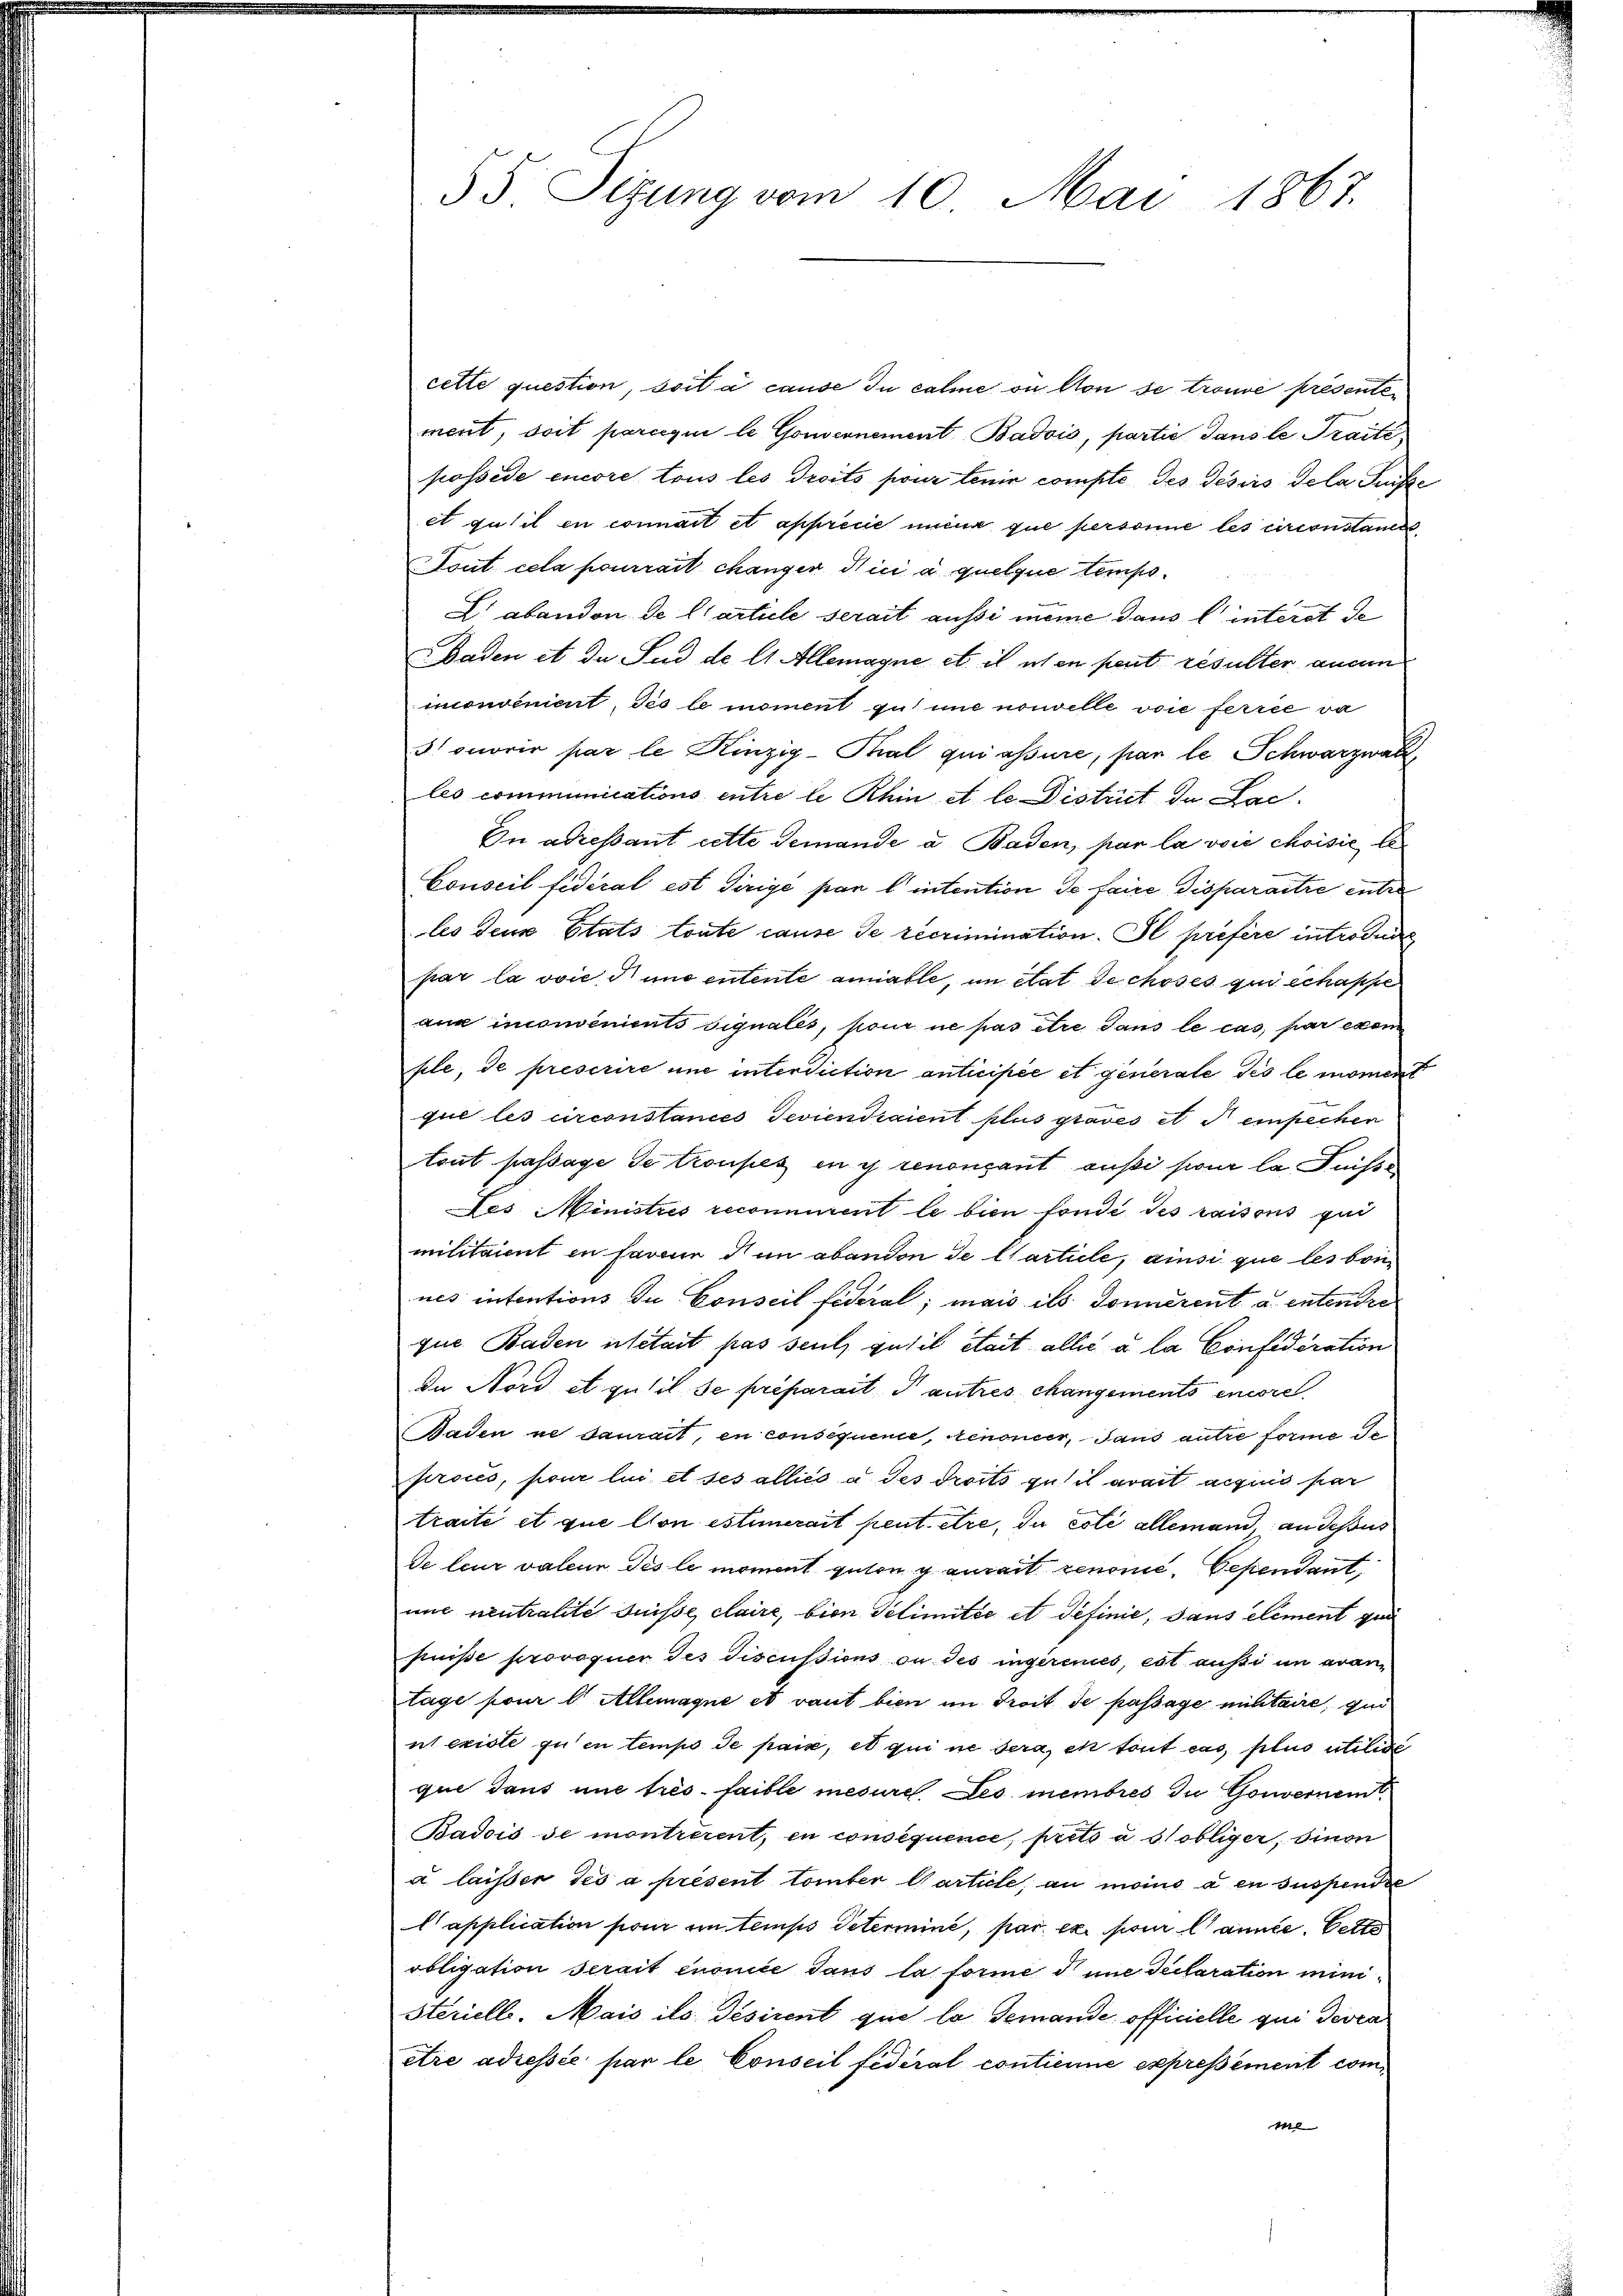
55 Sizung vom 10. Mai 1867.

cette question, soit à cause in calme on von se trouve présenten
ment, soit parcequi le Gouvernement Badois, partie dans le Traité,
posside encore tous les droits pour tenir compte des Desirs Tela Fuße
et qu’il en connait et apprécie unius que personne les circonstands
Tout cela pourrait changer dici a quelque tempo¬
L abandon de l’article serait aussi meine dans l’interst de
Baden et da Sud de l. Allemagne et il ich en peut résulter angen
monveniert, des le moment zu mie nouvelle voie ferret wa
onorir par le Rinzig-Thal qui assure, par le Schwarzwalz,
les communications entre le hin et le District de Lac
On adressant cette demande u. Baden, par la voie choisie, le¬
Conseil fidéral est dirige par l’intention de faire disparaitre entre
les dein Etats toute cause de recrimination. Il préfère introduit
par la voie d und entente anniable, im Etat de choses qui échappe
aun inconvenients signales, pour ne pas être dans le cas, par exem
file, de prescrire une interdiction anticipée et generale des le moment
que les circonstances deviendraient plus graves et d einpechen
tout passage de troupes en y renonçant aussi pour la Puisse
Des Ministres reconnuent le bien fondé des raisons qui
militaient in faren den abandon de Marticle, ainsi que les bon
nes intentions du Conseil fédéral; mais ils donnerent a entender
que Baden métait pas seuls gutil était alles à la Confidération
In Nord et qu’il se préparait autres changements encore
Baden ne daurait, en consequente, renoncer, sans autre forme Te
proces, pour lui et ses alliés a des droits gutil avait acquis par
traite et que con estimerait peut être, du coli allemand an dessus
de leur valeur des le moment guten y aurait renone. Cependant,
mit neutralité suisse claire, bien Selimitée et definie, dans element que
puisse provoquer des Tiscussions ou des ingerenes, est aussi in avantage pour l. Allemagne et vaut bien im droit de passage mihtaire, qui
ut existe zu en tempo de paix, et qui ne sera, et tout cas plus utilisi
que dans une très-faible mesure. Les membres zu Gouvernem
Badois de montrerent, en consequence, prets a obliger, sinon
a laisser des a présent tomber Garticle, au moins à en suspendie
Capplication pour un temps Peterminé, par ex pour l’année. Cette
obligation serait énoncé dans la forme d une declaration ministerielle. Mais ils desirent que la Gemande officielle qui devra
être adressée par le Conseil fédéral contienne expressement com¬
1